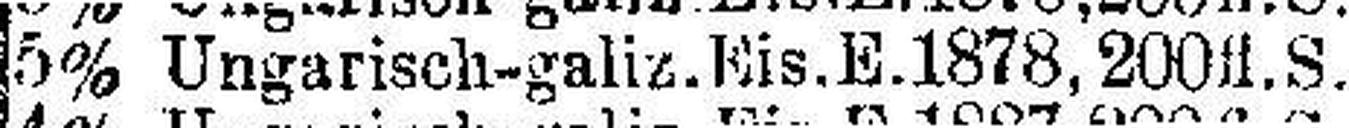
5% Ungarisch-galiz.Eis.E.1878, 200 fl.S.